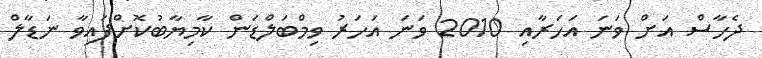
ދެހާސް އަށް ވަނަ އަހަރާއި 2010 ވަނަ އަހަރު ވިމްބަލްޑަން ކާމިޔާބުކޮށްފައިވާ ނަޑާލް